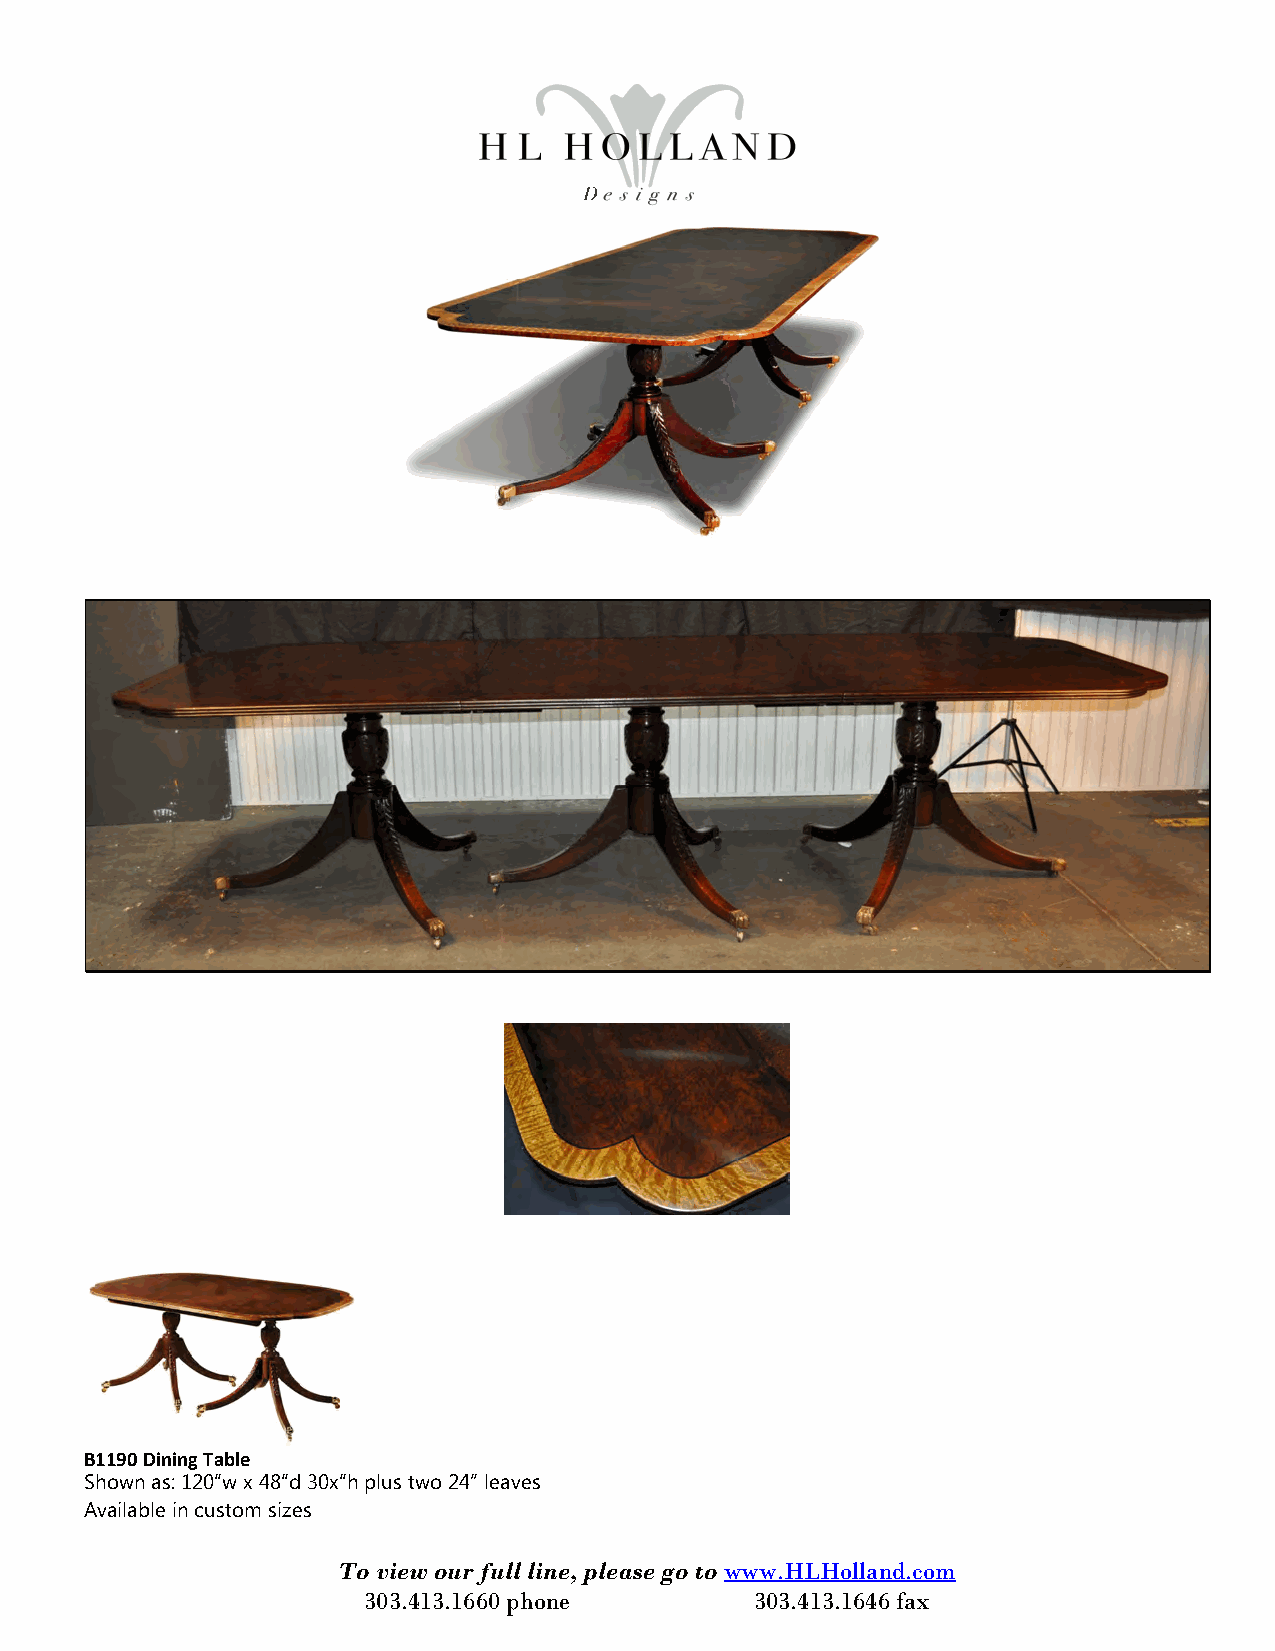
B1190 Dining Table
 Shown as: 120“w x 48“d 30x“h plus two 24” leaves
 Available in custom sizes
 To view our full line, please go to www.HLHolland.com
 303.413.1660 phone        303.413.1646 fax